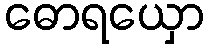
ဓောရယှော